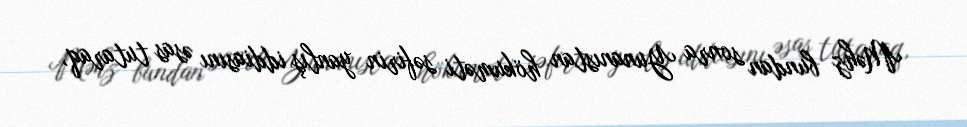
Məhz bundan sonra Yunanıstan hökuməti səfirin yanlış iddiasını əsas tutaraq,